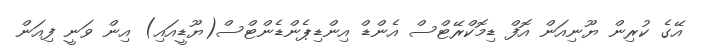
އޭގެ ކުރިން ޔޫނިއަން އޮފް ޑިމޮކްރޭޓްސް އެންޑް އިންޑިޕެންޑެންޓްސް(ޔޫޑީއައި) އިން ވަނީ ފިއަން